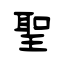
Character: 聖